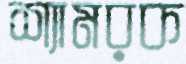
শ্যামরক